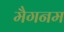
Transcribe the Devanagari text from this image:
मैगनम